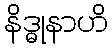
နိဒ္ဓုနာဟိ